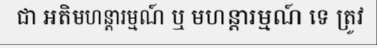
ជា អតិមហន្តារម្មណ៍ ឬ មហន្តារម្មណ៍ ទេ ត្រូវ